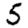
Digit: 5